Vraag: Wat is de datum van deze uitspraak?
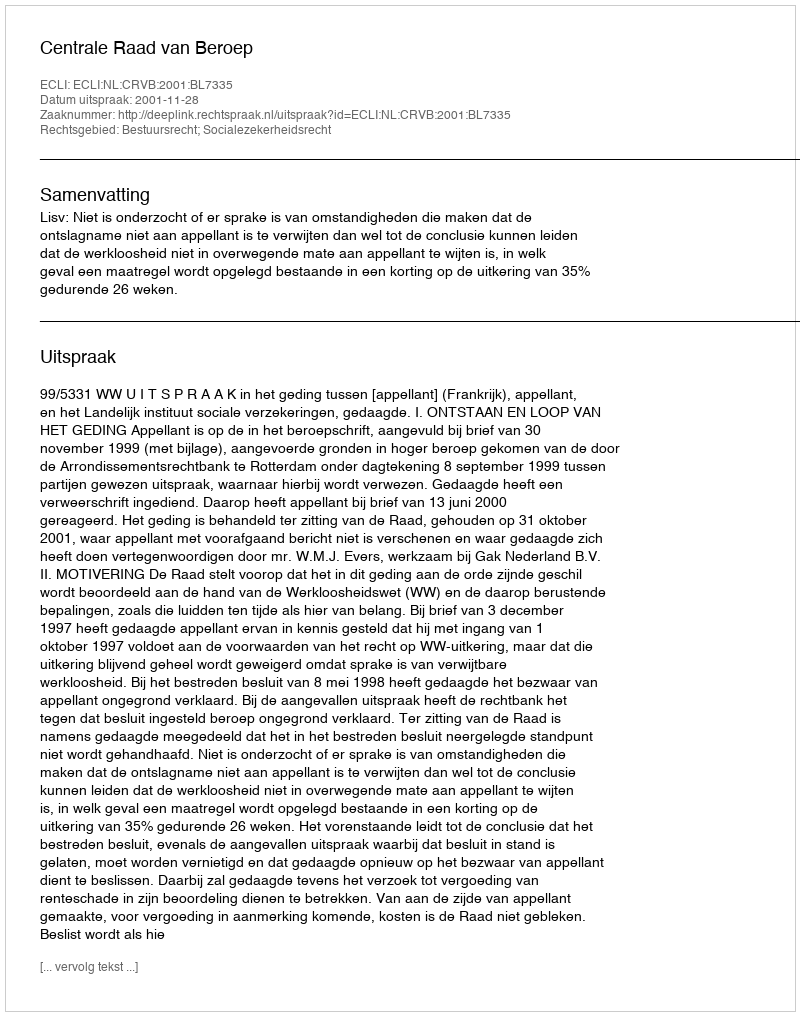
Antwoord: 2001-11-28